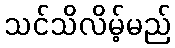
သင်သိလိမ့်မည်